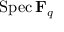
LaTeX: \operatorname { S p e c } \mathbf { F } _ { q }